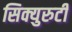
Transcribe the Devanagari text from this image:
सिक्युरुटी